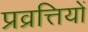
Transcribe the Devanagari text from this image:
प्रव्रत्तियों